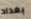
بغداد